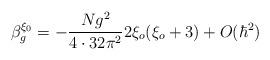
LaTeX: \begin{align*} \beta^{\xi_0}_g= - \frac {N g^2}{4\cdot 32 \pi^2}2 \xi_o ( \xi_o + 3) + O (\hbar^2)\end{align*}